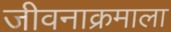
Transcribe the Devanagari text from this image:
जीवनाक्रमाला